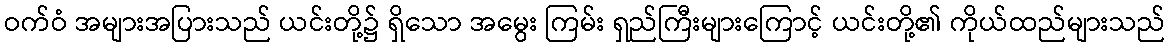
ဝက်ဝံ အများအပြားသည် ယင်းတို့၌ ရှိသော အမွေး ကြမ်း ရှည်ကြီးများကြောင့် ယင်းတို့၏ ကိုယ်ထည်များသည်